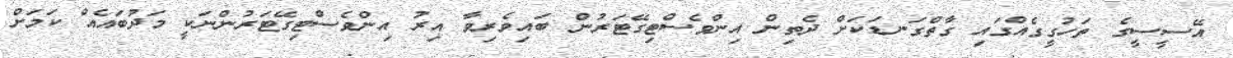
އޭސީސީގެ ތަހުގީގެއްގައި ގާތްގަނޑަކަށް ދެތިން އިންވެސްޓިގޭޓަރުން ބައިވެރިވާ އިރު އިންވެސްޓިގޭޓަރުންނަކީ މަދުބައެއް ކަމަށް